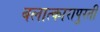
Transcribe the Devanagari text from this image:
बलात्कारापुरती